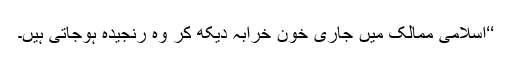
‘‘اسلامی ممالک میں جاری خون خرابہ دیکھ کر وہ رنجیدہ ہوجاتی ہیں۔